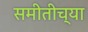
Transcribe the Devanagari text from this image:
समीतीच्या